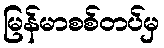
မြန်မာစစ်တပ်မှ